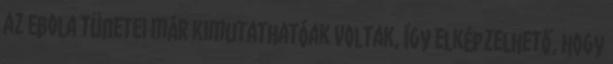
az Ebola tünetei már kimutathatóak voltak, így elképzelhető, hogy